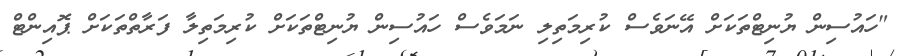
"ހައުސިން ޔުނިޓްތަކަށް އޭނަވެސް ކުރިމަތިލި ނަމަވެސް ހައުސިން ޔުނިޓްތަކަށް ކުރިމަތިލާ ފަރާތްތަކަށް ޕޮއިންޓް